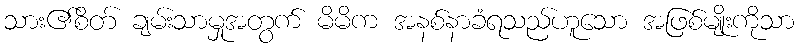
သား၏စိတ် ချမ်းသာမှုအတွက် မိမိက အနစ်နာခံရသည်ဟူသော အဖြစ်မျိုးကိုသာ